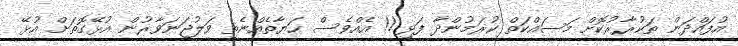
އުފައްދަން ތަކުރާރުކޮށް މަސައްކަތް ކުރަމުންދާ ފަޅި!!! އެއްވެސް ޙަޔާތެއްނެތި ވަލުޖަނަވާރުން އުޅޭގޮތަށް އުޅޭ